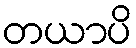
တယာပိ